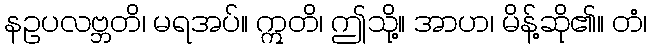
နဥပလဗ္ဘတိ၊ မရအပ်။ ဣတိ၊ ဤသို့။ အာဟ၊ မိန့်ဆို၏။ တံ၊